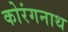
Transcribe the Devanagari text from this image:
कोरंगनाथ